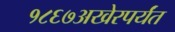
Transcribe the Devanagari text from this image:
१८६७अखेरपर्यंत